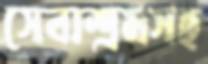
সেবাশ্রমসহ